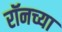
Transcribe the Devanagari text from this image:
रॉनच्या